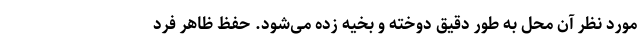
مورد نظر آن محل به طور دقیق دوخته و بخیه زده می‌شود. حفظ ظاهر فرد